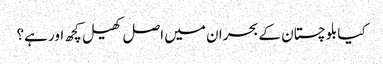
کیا بلوچستان کے بحران میں اصل کھیل کچھ اور ہے؟